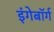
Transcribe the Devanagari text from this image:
इंगेबॉर्ग